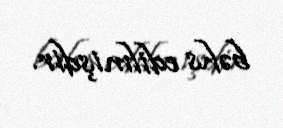
bəhs edilmişdir.